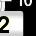
Digit: 2